Reports on dispensaries and lunatic asylums in the Province of Oudh - 1869-1876
Year: 1869
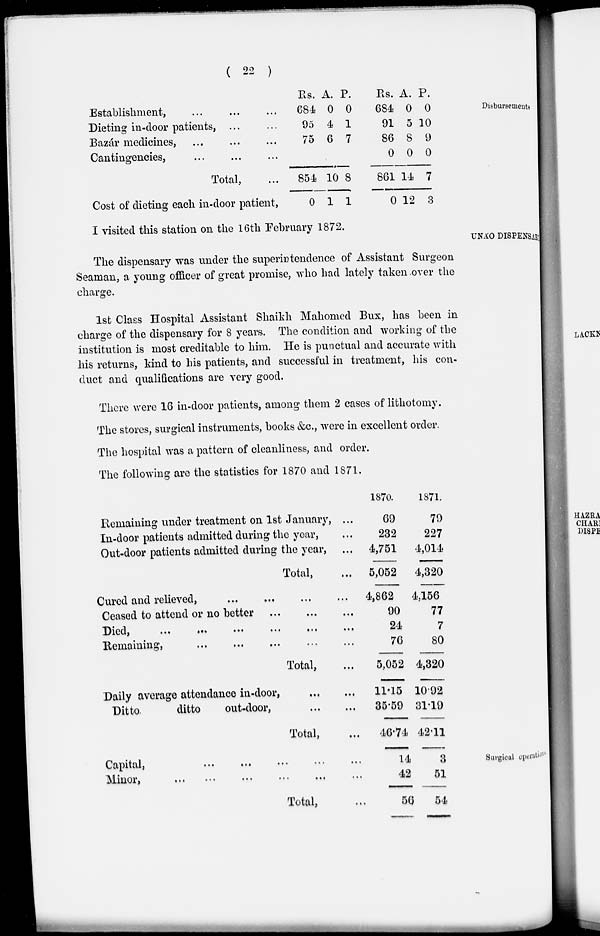
( 22 )
Disbursements
Establishment, ... ... ...
Dieting in-door patients, ...
Bazár medicines, ... ...
Cantingencies, ... ... ...
Total, ...
Cost of dieting each in-door patient,
Rs.
684
95
75
854
0
A.
0
4
6
10
1
P.
0
1
7
8
1
Rs.
684
91
86
0
861
0
A.
0
5
8
0
14
12
P.
0
10
9
0
7
3
UNÁO DISPENSARY
I visited this station on the 16th February 1872.
The dispensary was under the superintendence of Assistant Surgeon
Seaman, a young officer of great promise, who had lately taken over the
charge.
1st Class Hospital Assistant Shaikh Mahomed Bux, has been in
charge of the dispensary for 8 years. The condition and working of the
institution is most creditable to him. He is punctual and accurate with
his returns, kind to his patients, and successful in treatment, his con-
duct and qualifications are very good.
There were 16 in-door patients, among them 2 cases of lithotomy.
The stores, surgical instruments, books &c., were in excellent order.
The hospital was a pattern of cleanliness, and order.
The following are the statistics for 1870 and 1871.
Remaining under treatment on 1st January, ...
In-door patients admitted during the year, ...
Out-door patients admitted during the year, ...
Total, ...
Cured and relieved, ... ... ... ...
Ceased to attend or no better
...
...
...
Died,
...
...
...
...
...
...
Remaining, ... ... ... ... ...
Total, ...
Daily average attendance in-door,
...
...
Ditto.
ditto
out-door,
...
...
Total, ...
1870.
69
232
4,751
5,052
4,862
90
24
76
5,052
11.15
35.59
46.74
1871.
79
227
4,014
4,320
4,156
77
7
80
4,320
10.92
31.19
42.11
Surgical operations.
Capital,
...
...
...
...
...
Minor,
...
...
...
...
...
...
Total,
...
14
42
56
3
51
54